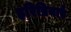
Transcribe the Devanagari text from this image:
हरिप्रियाएँ